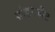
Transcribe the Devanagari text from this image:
ग्रांडरजीट